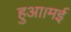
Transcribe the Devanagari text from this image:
हुआ।मई